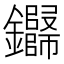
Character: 𬬢